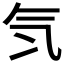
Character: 𣱖